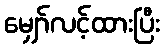
မျှော်လင့်ထားပြီး